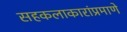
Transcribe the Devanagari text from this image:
सहकलाकारांप्रमाणे